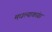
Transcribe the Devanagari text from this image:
मधल्याकांग्रा